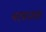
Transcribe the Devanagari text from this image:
भटकताना